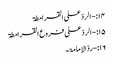
۱۴:- الردّ علی القرامطۃ
۱۵:-الردّ علی فروع القرامطۃ
۱۶:-ردّالإمامۃ۔